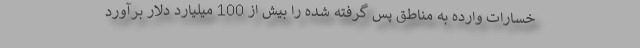
خسارات وارده به مناطق پس گرفته شده را بیش از 100 میلیارد دلار برآورد